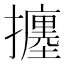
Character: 𢷹